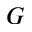
G